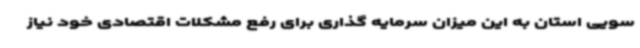
سویی استان به این میزان سرمایه گذاری برای رفع مشکلات اقتصادی خود نیاز